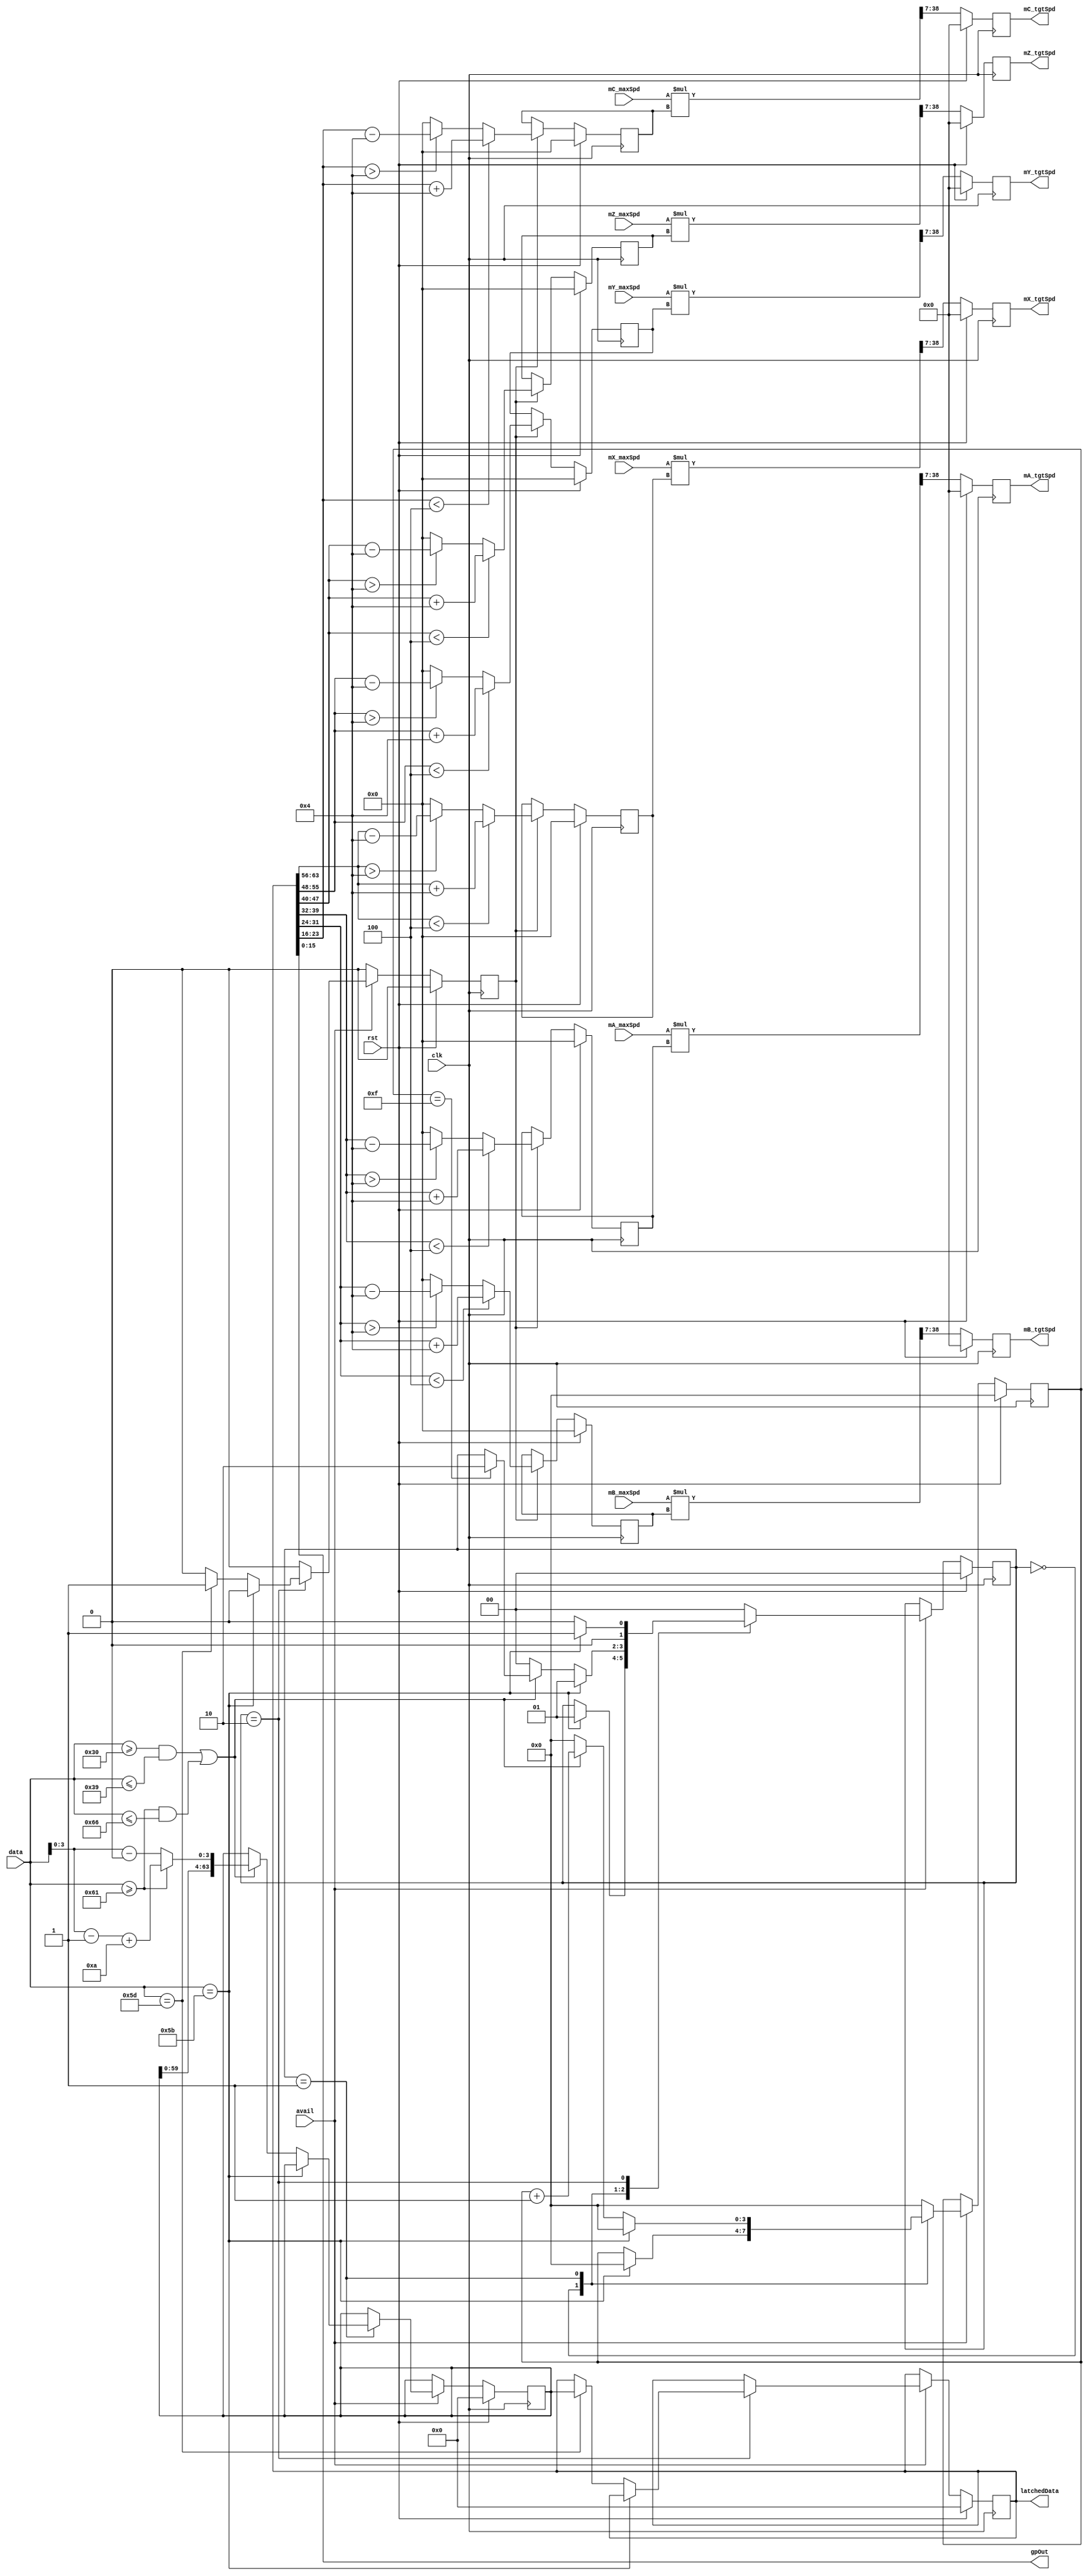
module speed_ctrl
(
	input	wire				rst,
	input	wire				clk,

	input	wire				avail,
	input	wire		[7:0]	data,

	input	wire signed	[31:0]	mX_maxSpd,
	output	reg signed	[31:0]	mX_tgtSpd,
	input	wire signed	[31:0]	mY_maxSpd,
	output	reg signed	[31:0]	mY_tgtSpd,
	input	wire signed	[31:0]	mZ_maxSpd,
	output	reg signed	[31:0]	mZ_tgtSpd,
	input	wire signed	[31:0]	mA_maxSpd,
	output	reg signed	[31:0]	mA_tgtSpd,
	input	wire signed	[31:0]	mB_maxSpd,
	output	reg signed	[31:0]	mB_tgtSpd,
	input	wire signed	[31:0]	mC_maxSpd,
	output	reg signed	[31:0]	mC_tgtSpd,

	output	wire		[15:0]	gpOut,

	output	reg			[63:0]	latchedData
);

wire hexValid;
wire [3:0] hexValue;

assign hexValid = ((data >= "0") && (data <= "9")) || ((data >= "a") && (data <= "f"));
assign hexValue = (data >= "a") ? (data - "a" + 10) : (data - "0");

reg [1:0] state;
reg [3:0] nibble;
reg [63:0] rxData;

reg latchedReady;

wire signed [7:0] mX = latchedData[63:56];
wire signed [7:0] mY = latchedData[55:48];
wire signed [7:0] mZ = latchedData[47:40];
wire signed [7:0] mA = latchedData[39:32];
wire signed [7:0] mB = latchedData[31:24];
wire signed [7:0] mC = latchedData[23:16];

assign gpOut = latchedData[15:0];

reg signed [7:0] mX_mult, mY_mult, mZ_mult, mA_mult, mB_mult, mC_mult;

wire signed [39:0] mX_result = mX_maxSpd * mX_mult;
wire signed [39:0] mY_result = mY_maxSpd * mY_mult;
wire signed [39:0] mZ_result = mZ_maxSpd * mZ_mult;
wire signed [39:0] mA_result = mA_maxSpd * mA_mult;
wire signed [39:0] mB_result = mB_maxSpd * mB_mult;
wire signed [39:0] mC_result = mC_maxSpd * mC_mult;

always @ (posedge clk)
begin
	if (rst)
	begin
		mX_tgtSpd <= 0;
		mY_tgtSpd <= 0;
		mZ_tgtSpd <= 0;
		mA_tgtSpd <= 0;
		mB_tgtSpd <= 0;
		mC_tgtSpd <= 0;

		state <= 0;
		nibble <= 0;
		rxData <= 0;

		latchedReady <= 0;
		latchedData <= 0;

		mX_mult <= 0;
		mY_mult <= 0;
		mZ_mult <= 0; 
		mA_mult <= 0;
		mB_mult <= 0;
		mC_mult <= 0; 
	end
	else
	begin

		// defaults
		latchedReady <= 0;

		if (avail)
		begin
			case (state)

				0: begin
					if (data == "[")
					begin
						nibble <= 0;
						state <= 1;
					end
				end

				1: begin
					if (data == "[")
					begin
						nibble <= 0;
						state <= 1;
					end
					else if (hexValid)
					begin
						rxData <= { rxData[59:0], hexValue };
						nibble <= nibble + 1;
						if (nibble == 15)
						begin
							state <= 2;
						end
					end
					else
					begin
						nibble <= 0;
						state <= 0;
					end
				end

				2: begin
					if (data == "[")
					begin
						nibble <= 0;
						state <= 1;
					end
					else if (data == "]")
					begin
						nibble <= 0;
						state <= 0;
						latchedReady <= 1;
						latchedData <= rxData;
					end
					else
					begin
						nibble <= 0;
						state <= 0;
					end
				end

				default:
				begin
					nibble <= 0;
					state <= 0;
				end

			endcase
		end

		if (latchedReady)
		begin
			     if (mX < -4) mX_mult <= mX + 4;
			else if (mX > +4) mX_mult <= mX - 4;
			else              mX_mult <= 0;

			     if (mY < -4) mY_mult <= mY + 4;
			else if (mY > +4) mY_mult <= mY - 4;
			else              mY_mult <= 0;

			     if (mZ < -4) mZ_mult <= mZ + 4;
			else if (mZ > +4) mZ_mult <= mZ - 4;
			else              mZ_mult <= 0;

			     if (mA < -4) mA_mult <= mA + 4;
			else if (mA > +4) mA_mult <= mA - 4;
			else              mA_mult <= 0;

			     if (mB < -4) mB_mult <= mB + 4;
			else if (mB > +4) mB_mult <= mB - 4;
			else              mB_mult <= 0;

			     if (mC < -4) mC_mult <= mC + 4;
			else if (mC > +4) mC_mult <= mC - 4;
			else              mC_mult <= 0;

		end

		mX_tgtSpd <= mX_result[38:7];
		mY_tgtSpd <= mY_result[38:7];
		mZ_tgtSpd <= mZ_result[38:7];
		mA_tgtSpd <= mA_result[38:7];
		mB_tgtSpd <= mB_result[38:7];
		mC_tgtSpd <= mC_result[38:7];

	end
end



endmodule